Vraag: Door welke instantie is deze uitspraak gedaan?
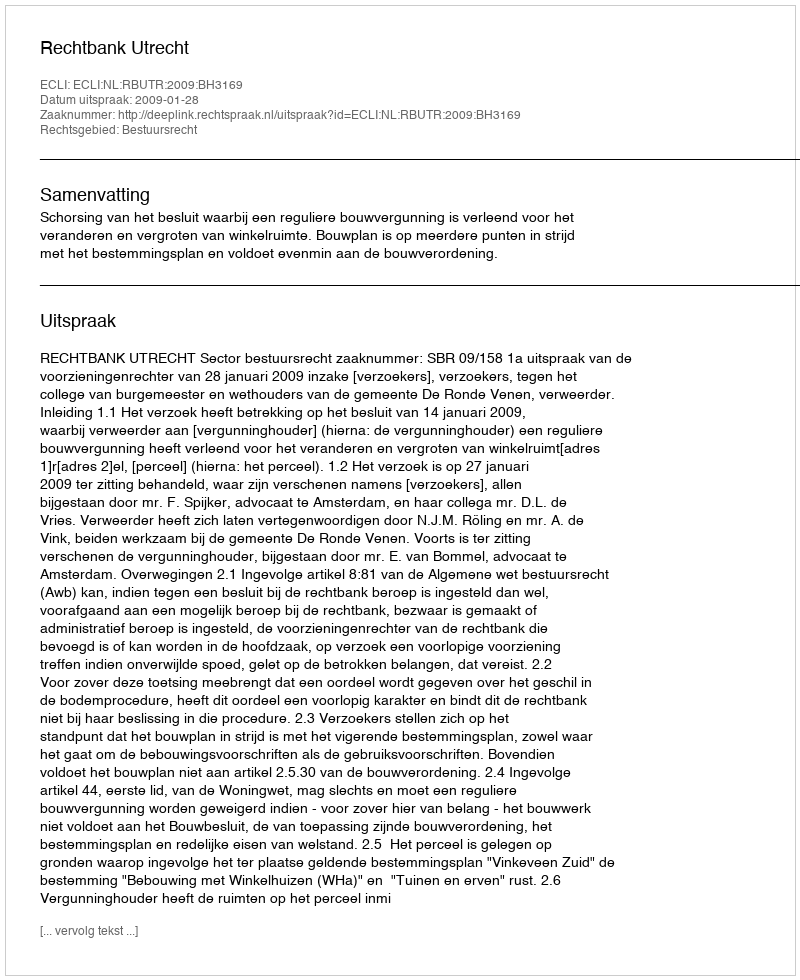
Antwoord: Rechtbank Utrecht